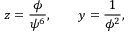
z = \frac { \phi } { \psi ^ { 6 } } , \quad \quad y = \frac 1 { \phi ^ { 2 } } ,